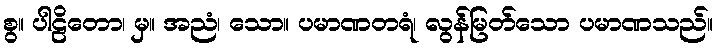
စွ။ ပါဠိတော၊ မှ။ အညံ၊ သော။ ပမာဏတရံ၊ လွန်မြတ်သော ပမာဏသည်။